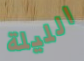
الليلة